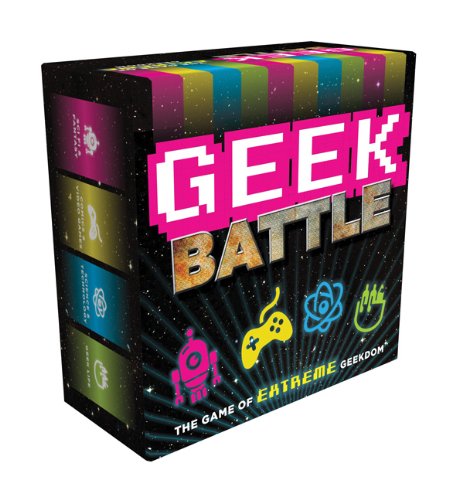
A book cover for Geek Battle: The Game of Extreme Geekdom; Forrest-Pruzan Creative; Humor & Entertainment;